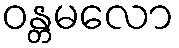
ဝန္တမလော